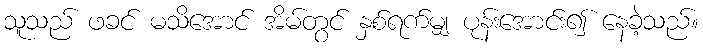
သူသည် ဖခင် မသိအောင် အိမ်တွင် နှစ်ရက်မျှ ပုန်းအောင်း၍ နေခဲ့သည်။